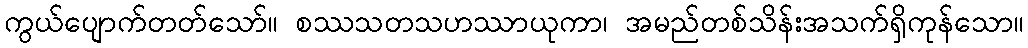
ကွယ်ပျောက်တတ်သော်။ စဿသတသဟဿာယုကာ၊ အမည်တစ်သိန်းအသက်ရှိကုန်သော။